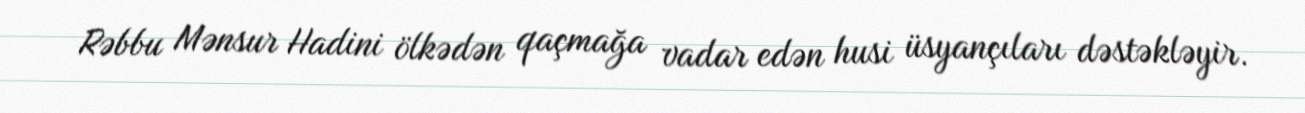
Rəbbu Mənsur Hadini ölkədən qaçmağa vadar edən husi üsyançıları dəstəkləyir.